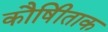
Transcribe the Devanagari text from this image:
कौषीिताक